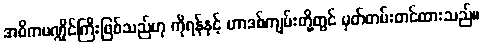
အဓိကမဏ္ဍိုင်ကြီးဖြစ်သည်ဟု ကိုရန်နှင့် ဟာဒစ်ကျမ်းတို့တွင် မှတ်တမ်းတင်ထားသည်။